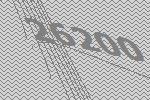
26200